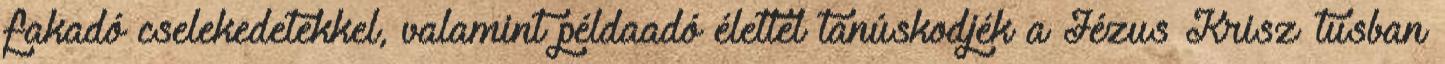
fakadó cselekedetekkel, valamint példaadó élettel tanúskodjék a Jézus Krisz¬tusban